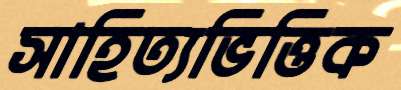
সাহিত্যভিত্তিক